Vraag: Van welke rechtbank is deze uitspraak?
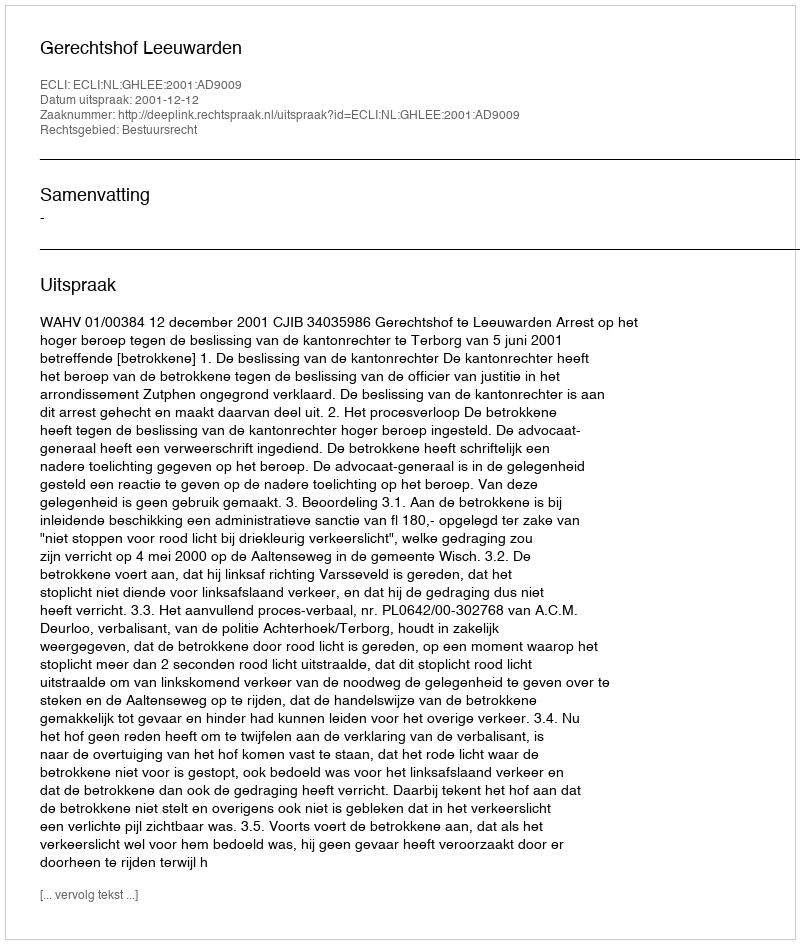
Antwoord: Gerechtshof Leeuwarden